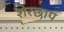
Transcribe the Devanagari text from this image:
शेरछाप